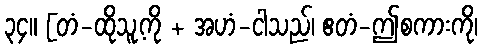
၃၄။ [တံ-ထိုသူ့ကို + အဟံ-ငါသည်၊ ဧတံ-ဤစကားကို၊